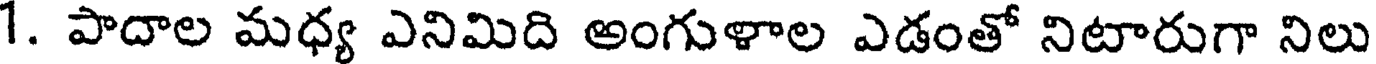
1. పాదాల మధ్య ఎనిమిది అంగుళాల ఎడంతో నిటారుగా నిలు